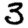
Digit: 3